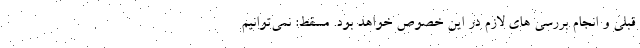
قبلی و انجام بررسی های لازم در این خصوص خواهد بود. مسقط: نمی‌توانیم